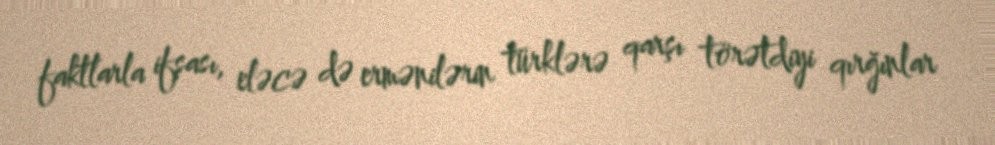
faktlarla ifşası, eləcə də ermənilərin türklərə qarşı törətdiyi qırğınlar